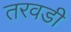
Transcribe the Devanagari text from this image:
तरवडी